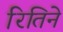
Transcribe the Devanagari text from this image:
रितिने